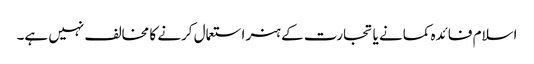
اسلام فائدہ کمانے یا تجارت کے ہنر استعمال کرنے کا مخالف نہیں ہے۔